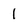
Character: 1